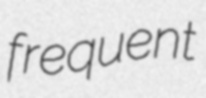
frequent